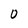
Character: O